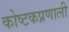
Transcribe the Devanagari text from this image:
कोष्टकप्रणाली